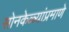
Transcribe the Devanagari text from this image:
सोनकेळ्यांप्रमाणे